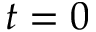
t = 0